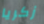
زكريا